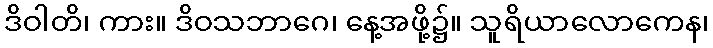
ဒိဝါတိ၊ ကား။ ဒိဝသဘာဂေ၊ နေ့အဖို့၌။ သူရိယာလောကေန၊